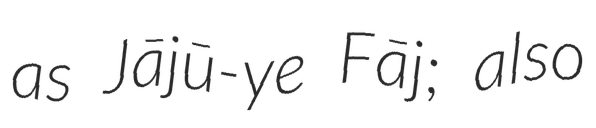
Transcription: as Jājū-ye Fāj; also